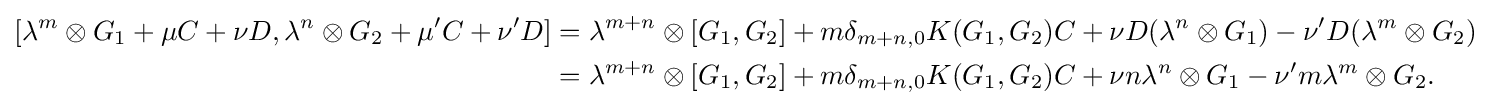
{\begin{aligned}{}[\lambda ^{m}\otimes G_{1}+\mu C+\nu D,\lambda ^{n}\otimes G_{2}+\mu 'C+\nu 'D]&=\lambda ^{m+n}\otimes [G_{1},G_{2}]+m\delta _{m+n,0}K(G_{1},G_{2})C+\nu D(\lambda ^{n}\otimes G_{1})-\nu 'D(\lambda ^{m}\otimes G_{2})\\&=\lambda ^{m+n}\otimes [G_{1},G_{2}]+m\delta _{m+n,0}K(G_{1},G_{2})C+\nu n\lambda ^{n}\otimes G_{1}-\nu 'm\lambda ^{m}\otimes G_{2}.\end{aligned}}